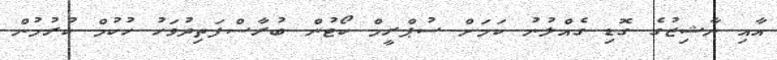
އާއި ނާޝިޒުގެ ގޮޑި ގެއްލުނު ކަމަށް ސުޕްރީމް ކޯޓުން ބުރާސްފަތިދުވަހު ހުކުމް ކުރުމުން